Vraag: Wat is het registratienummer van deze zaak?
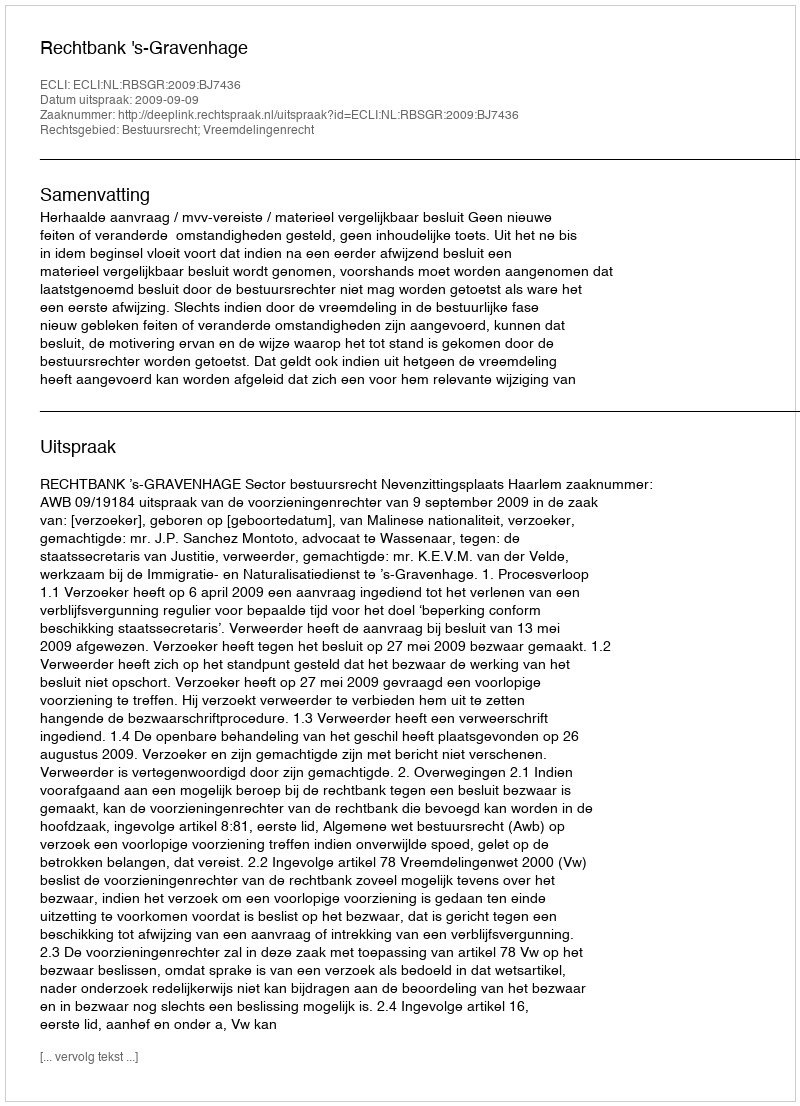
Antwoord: http://deeplink.rechtspraak.nl/uitspraak?id=ECLI:NL:RBSGR:2009:BJ7436